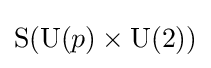
\mathrm {S} (\mathrm {U} (p)\times \mathrm {U} (2))